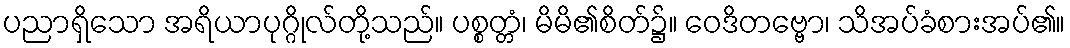
ပညာရှိသော အရိယာပုဂ္ဂိုလ်တို့သည်။ ပစ္စတ္တံ၊ မိမိ၏စိတ်၌။ ဝေဒိတဗ္ဗော၊ သိအပ်ခံစားအပ်၏။